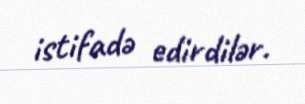
istifadə edirdilər.